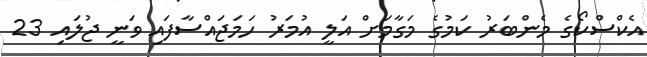
އެކްސްކޯގެ މެންބަރު ކަމުގެ މަގާމަށް އަލީ އުމަރު ހަމަޖައްސާފައި ވަނީ ޖުލައި 23